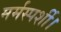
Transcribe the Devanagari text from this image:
मर्मस्पर्शी।